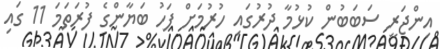
އިންޖަރީ ސަބަބުން ކުޅުމާ ދުރުގައި ހުރުމަށް ފަހު ބަޔާންގެ ފުރަތަމަ 11 ގައި